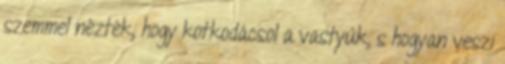
szemmel nézték, hogy kotkodácsol a vastyúk, s hogyan veszi